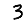
Digit: 3